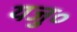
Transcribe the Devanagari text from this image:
यजु०